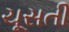
ચૂસતી